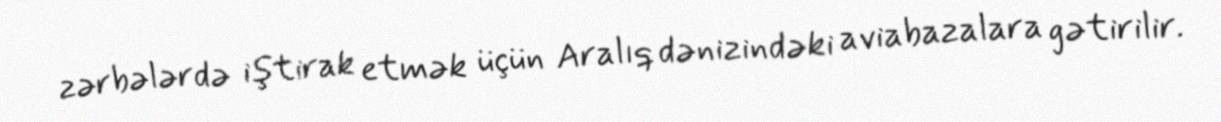
zərbələrdə iştirak etmək üçün Aralıq dənizindəki aviabazalara gətirilir.